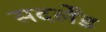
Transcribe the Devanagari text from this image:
सदर्लेंड